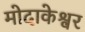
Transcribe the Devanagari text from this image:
मोदाकेश्वर